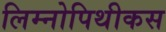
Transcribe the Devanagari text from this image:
लिम्नोपिथीकस